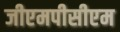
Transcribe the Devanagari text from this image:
जीएमपीसीएम